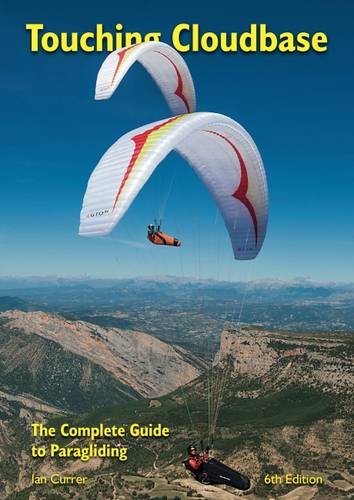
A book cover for Touching Cloudbase: The Complete Guide to Paragliding; Ian Currer; Sports & Outdoors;